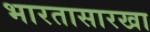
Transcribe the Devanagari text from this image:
भारतासारखा